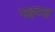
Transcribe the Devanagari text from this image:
पहवाह